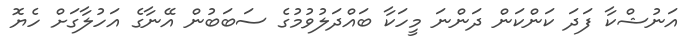
އަނުޝްކާ ފަދަ ކަންކަން ދަންނަ މީހަކާ ބައްދަލުވުމުގެ ސަބަބުން އޭނާގެ އަހުލާގަށް ހެޔޮ